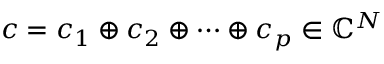
\boldsymbol { c } = \boldsymbol { c } _ { 1 } \oplus \boldsymbol { c } _ { 2 } \oplus \cdots \oplus \boldsymbol { c } _ { p } \in \mathbb { C } ^ { N }